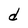
Character: d